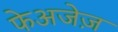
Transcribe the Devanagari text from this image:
फेअजेज़